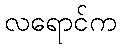
လရောင်က